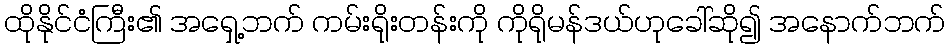
ထိုနိုင်ငံကြီး၏ အရှေ့ဘက် ကမ်းရိုးတန်းကို ကိုရိုမန်ဒယ်ဟုခေါ်ဆို၍ အနောက်ဘက်